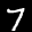
Label: 7